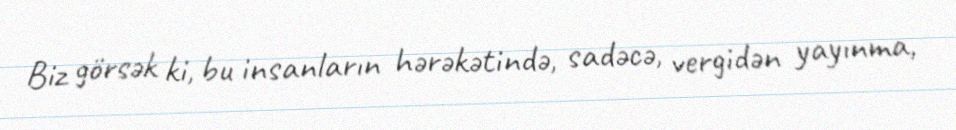
Biz görsək ki, bu insanların hərəkətində, sadəcə, vergidən yayınma,